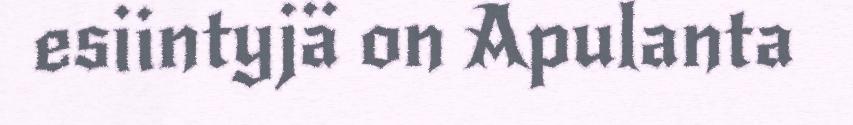
esiintyjä on Apulanta